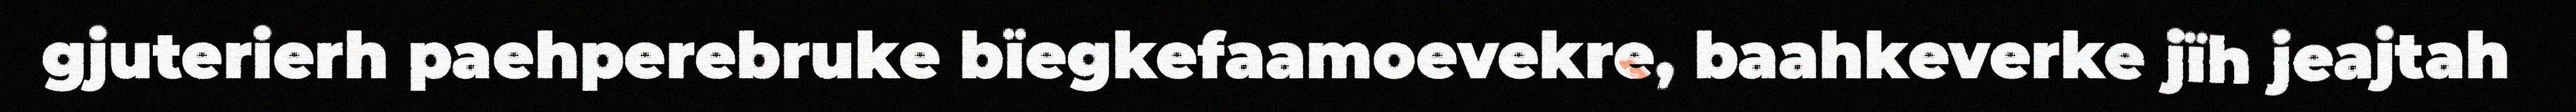
gjuterierh paehperebruke bïegkefaamoevekre, baahkeverke jïh jeajtah